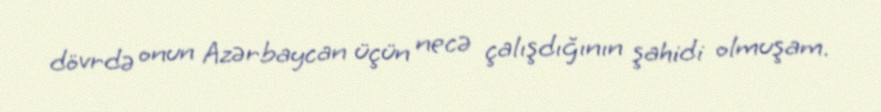
dövrdə onun Azərbaycan üçün necə çalışdığının şahidi olmuşam.